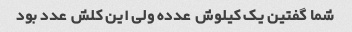
شما گفتین یک کیلوش  عدده ولی این کلش  عدد بود